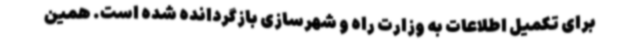
برای تکمیل اطلاعات به وزارت راه و شهرسازی بازگردانده شده است. همین